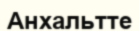
Анхальтте